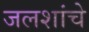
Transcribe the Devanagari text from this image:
जलशांचे